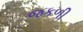
જકળી